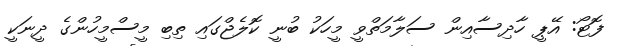
ފޮޓޯ: އޭޕީ ހާދިސާއިން ސަލާމަތްވީ މީހަކު ބުނީ ކޮލެޖްގައި ތިބި މީސްމީހުންގެ ދީނަކީ